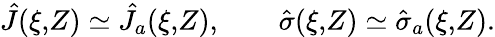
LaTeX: \hat{J}(\xi,\! Z)\simeq\hat{J}_{a}(\xi,\! Z),\qquad\hat{\sigma}(\xi,\! Z)\simeq\hat{\sigma}_{a}(\xi,\! Z).